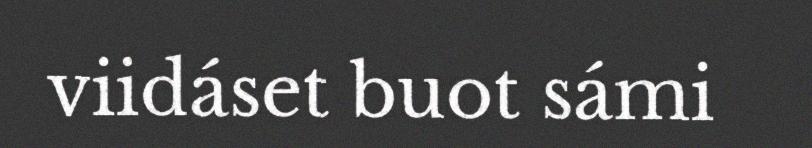
viidáset buot sámi